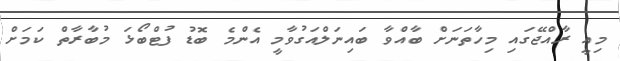
މިއީ ރާއްޖޭގައި މިހާތަނަށް ބާއްވާ ބައިނަލްއަގުވާމީ އެންމެ ބޮޑު ފުޓްބޯޅަ މުބާރާތް ކަމަށް